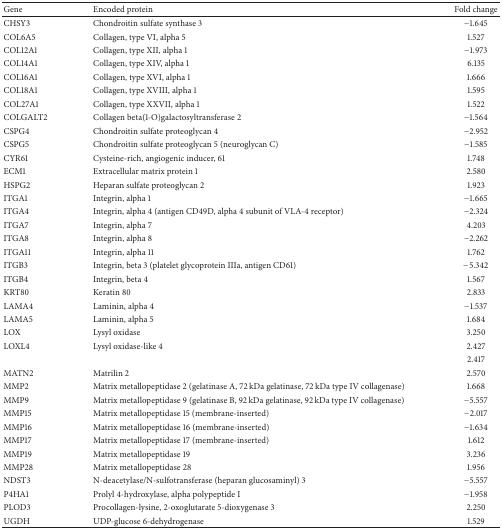
<table><thead><tr><td><b>Gene</b></td><td><b>Encoded protein</b></td><td><b>Fold change</b></td></tr></thead><tbody><tr><td>CHSY3</td><td>Chondroitin sulfate synthase 3</td><td>−1.645</td></tr><tr><td>COL6A5</td><td>Collagen, type VI, alpha 5</td><td>1.527</td></tr><tr><td>COL12A1</td><td>Collagen, type XII, alpha 1</td><td>−1.973</td></tr><tr><td>COL14A1</td><td>Collagen, type XIV, alpha 1</td><td>6.135</td></tr><tr><td>COL16A1</td><td>Collagen, type XVI, alpha 1</td><td>1.666</td></tr><tr><td>COL18A1</td><td>Collagen, type XVIII, alpha 1</td><td>1.595</td></tr><tr><td>COL27A1</td><td>Collagen, type XXVII, alpha 1</td><td>1.522</td></tr><tr><td>COLGALT2</td><td>Collagen beta(1-O)galactosyltransferase 2</td><td>−1.564</td></tr><tr><td>CSPG4</td><td>Chondroitin sulfate proteoglycan 4</td><td>−2.952</td></tr><tr><td>CSPG5</td><td>Chondroitin sulfate proteoglycan 5 (neuroglycan C)</td><td>−1.585</td></tr><tr><td>CYR61</td><td>Cysteine-rich, angiogenic inducer, 61</td><td>1.748</td></tr><tr><td>ECM1</td><td>Extracellular matrix protein 1</td><td>2.580</td></tr><tr><td>HSPG2</td><td>Heparan sulfate proteoglycan 2</td><td>1.923</td></tr><tr><td>ITGA1</td><td>Integrin, alpha 1</td><td>−1.665</td></tr><tr><td>ITGA4</td><td>Integrin, alpha 4 (antigen CD49D, alpha 4 subunit of VLA-4 receptor)</td><td>−2.324</td></tr><tr><td>ITGA7</td><td>Integrin, alpha 7</td><td>4.203</td></tr><tr><td>ITGA8</td><td>Integrin, alpha 8</td><td>−2.262</td></tr><tr><td>ITGA11</td><td>Integrin, alpha 11</td><td>1.762</td></tr><tr><td>ITGB3</td><td>Integrin, beta 3 (platelet glycoprotein IIIa, antigen CD61)</td><td>−5.342</td></tr><tr><td>ITGB4</td><td>Integrin, beta 4</td><td>1.567</td></tr><tr><td>KRT80</td><td>Keratin 80</td><td>2.833</td></tr><tr><td>LAMA4</td><td>Laminin, alpha 4</td><td>−1.537</td></tr><tr><td>LAMA5</td><td>Laminin, alpha 5</td><td>1.684</td></tr><tr><td>LOX</td><td>Lysyl oxidase</td><td>3.250</td></tr><tr><td>LOXL4</td><td>Lysyl oxidase-like 4</td><td>2.427</td></tr><tr><td> </td><td> </td><td>2.417</td></tr><tr><td>MATN2</td><td>Matrilin 2</td><td>2.570</td></tr><tr><td>MMP2</td><td>Matrix metallopeptidase 2 (gelatinase A, 72 kDa gelatinase, 72 kDa type IV collagenase)</td><td>1.668</td></tr><tr><td>MMP9</td><td>Matrix metallopeptidase 9 (gelatinase B, 92 kDa gelatinase, 92 kDa type IV collagenase)</td><td>−5.557</td></tr><tr><td>MMP15</td><td>Matrix metallopeptidase 15 (membrane-inserted)</td><td>−2.017</td></tr><tr><td>MMP16</td><td>Matrix metallopeptidase 16 (membrane-inserted)</td><td>−1.634</td></tr><tr><td>MMP17</td><td>Matrix metallopeptidase 17 (membrane-inserted)</td><td>1.612</td></tr><tr><td>MMP19</td><td>Matrix metallopeptidase 19</td><td>3.236</td></tr><tr><td>MMP28</td><td>Matrix metallopeptidase 28</td><td>1.956</td></tr><tr><td>NDST3</td><td>N-deacetylase/N-sulfotransferase (heparan glucosaminyl) 3</td><td>−5.557</td></tr><tr><td>P4HA1</td><td>Prolyl 4-hydroxylase, alpha polypeptide I</td><td>−1.958</td></tr><tr><td>PLOD3</td><td>Procollagen-lysine, 2-oxoglutarate 5-dioxygenase 3</td><td>2.250</td></tr><tr><td>UGDH</td><td>UDP-glucose 6-dehydrogenase</td><td>1.529</td></tr></tbody></table>